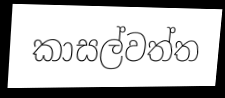
කාසල්වත්ත